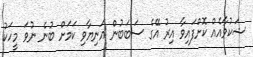
ޝަކުވާއެއް ކޮށްފައިވާ އިރު އޭގެ ސަބަބުން އަނިޔާވި ކަމަށް ބުނެ ނުވަ މީހަކު